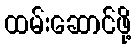
ထမ်းဆောင်ဖို့